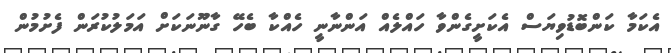
އެކަމާ ކަންބޮޑުވިޔަސް އެކަށީގެންވާ ހައްލެއް އަންނާނީ ހެއްކާ ބެހޭ ގާނޫނަކަށް އަމަލުކުރަން ފެށުމުން